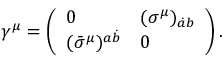
\gamma ^ { \mu } = \left( \begin{array} { l l } { 0 } & { ( \sigma ^ { \mu } ) _ { \dot { a } b } } \\ { ( \bar { \sigma } ^ { \mu } ) ^ { a \dot { b } } } & { 0 } \end{array} \right) .